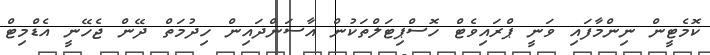
ކޮމެޓީން ނިންމާފައި ވަނީ ޕްރައިވެޓް ހޮސްޕިޓަލްތަކުން އާސަންދައިން ހިދުމަތް ދޭން ޖެހޭނީ އެޑްމިޓް